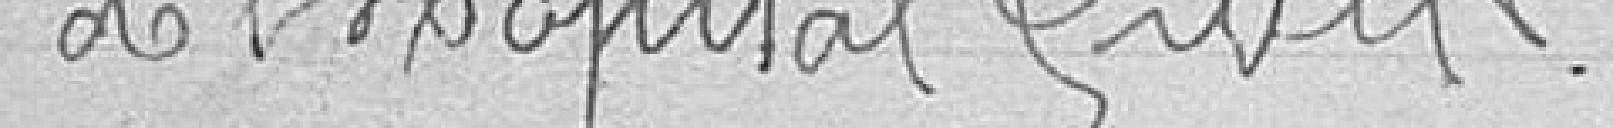
de l'hôpital civil